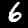
Digit: 6